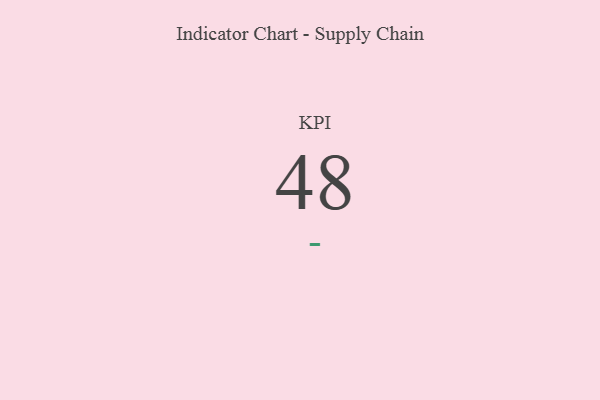
{"axis": {"x": "KPI", "y": "Value"}, "legend": [""], "data": [{"x": "KPI", "y": 48, "type": ""}]}